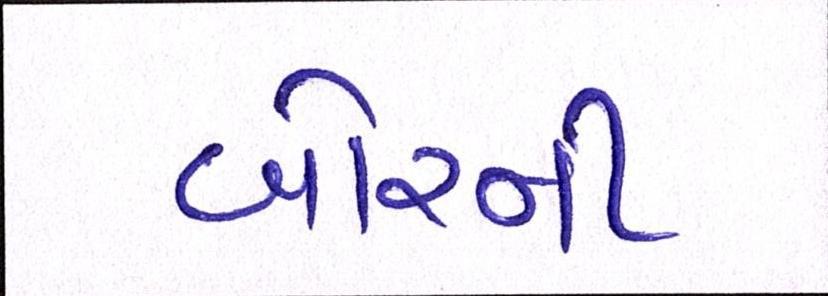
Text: બોરની